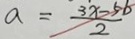
a = \frac { 3 x - 5 b } { 2 }